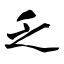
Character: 乏